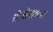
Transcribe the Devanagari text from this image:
श्रीजीरावला